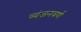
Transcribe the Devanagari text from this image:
व्यंजनवर्ण